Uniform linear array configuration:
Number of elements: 12
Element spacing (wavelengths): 1
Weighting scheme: blackman
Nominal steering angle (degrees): -45
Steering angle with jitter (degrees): -46.431
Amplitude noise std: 0.05
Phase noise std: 0.05

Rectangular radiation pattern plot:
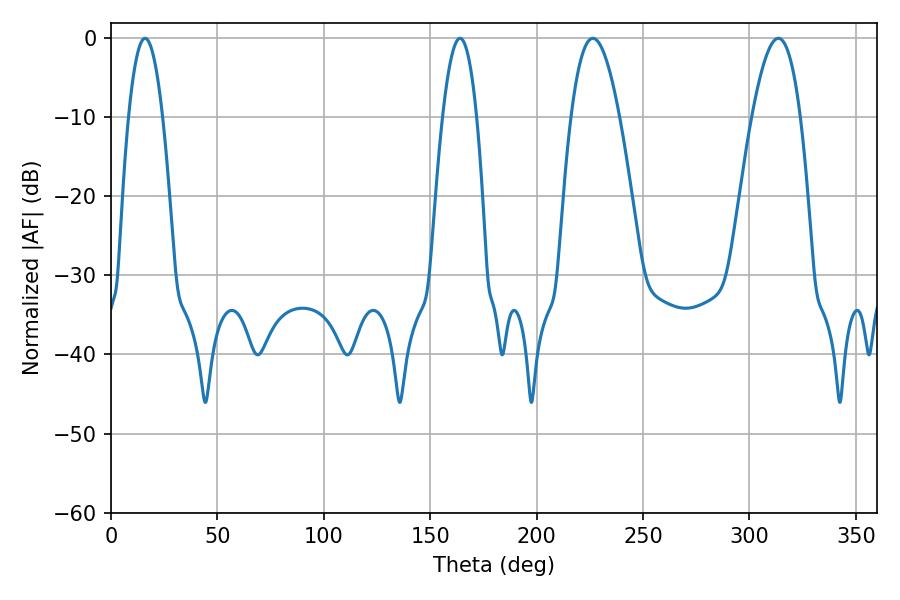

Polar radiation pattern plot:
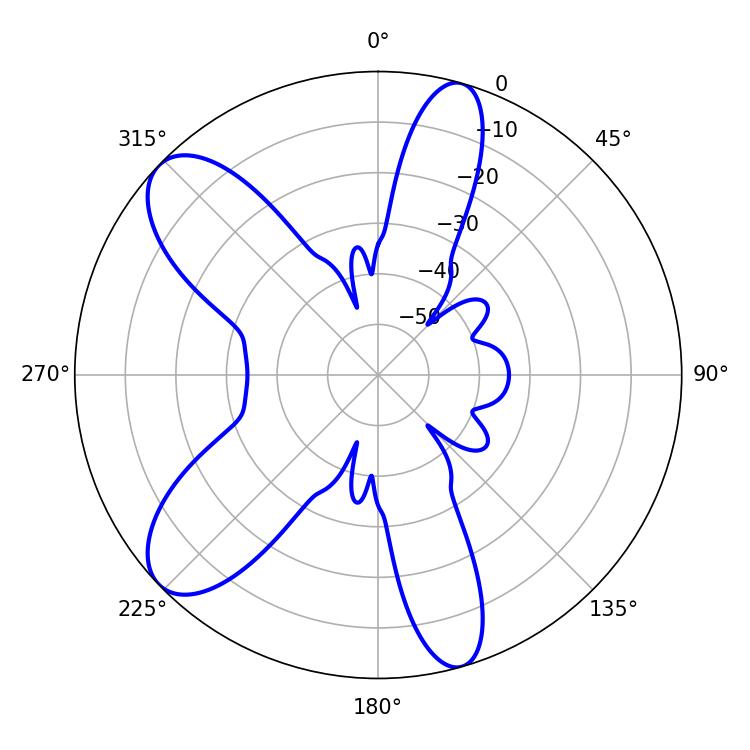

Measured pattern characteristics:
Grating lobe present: TRUE
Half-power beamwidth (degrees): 12.42
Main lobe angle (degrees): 226.44